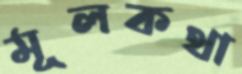
মূলকথা